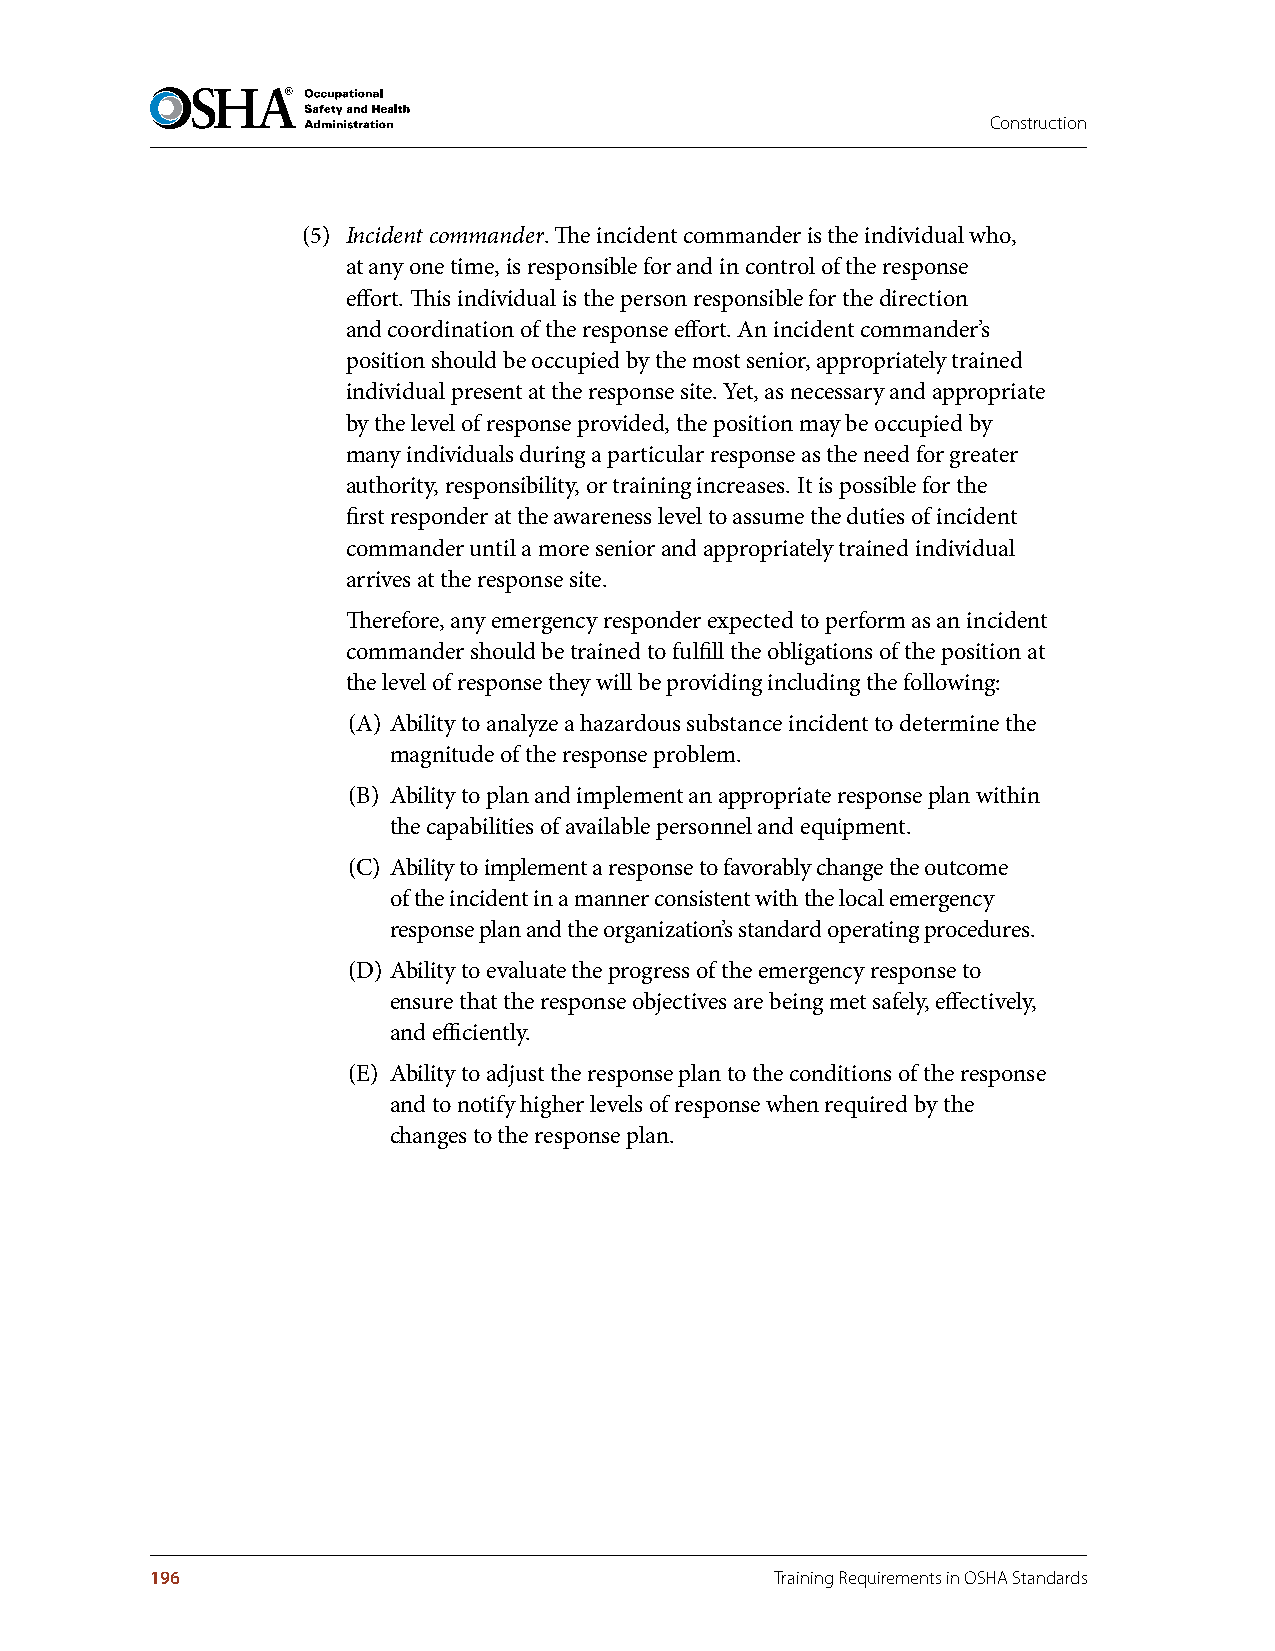
Construction
 (5) Incident commander. The incident commander is the individual who,
 at any one time, is responsible for and in control of the response
 effort. This individual is the person responsible for the direction
 and coordination of the response effort. An incident commander’s
 position should be occupied by the most senior, appropriately trained
 individual present at the response site. Yet, as necessary and appropriate
 by the level of response provided, the position may be occupied by
 many individuals during a particular response as the need for greater
 authority, responsibility, or training increases. It is possible for the
 first responder at the awareness level to assume the duties of incident
 commander until a more senior and appropriately trained individual
 arrives at the response site.
 Therefore, any emergency responder expected to perform as an incident
 commander should be trained to fulfill the obligations of the position at
 the level of response they will be providing including the following:
 (A) Ability to analyze a hazardous substance incident to determine the
 magnitude of the response problem.
 (B) Ability to plan and implement an appropriate response plan within
 the capabilities of available personnel and equipment.
 (C) Ability to implement a response to favorably change the outcome
 of the incident in a manner consistent with the local emergency
 response plan and the organization’s standard operating procedures.
 (D) Ability to evaluate the progress of the emergency response to
 ensure that the response objectives are being met safely, effectively,
 and efficiently.
 (E) Ability to adjust the response plan to the conditions of the response
 and to notify higher levels of response when required by the
 changes to the response plan.
 196                                      Training Requirements in OSHA Standards